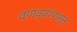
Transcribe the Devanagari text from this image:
वणव्यांपासून